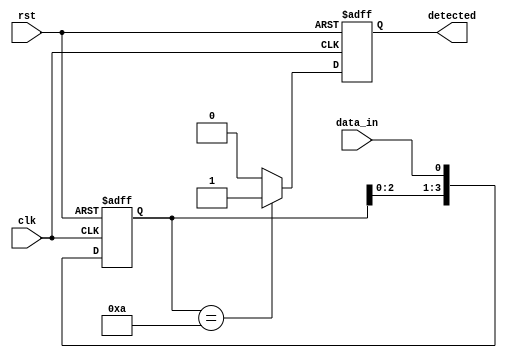
module pattern_detector #(
    parameter PATTERN_LENGTH = 4  // Length of the pattern to detect
) (
    input wire clk,                // Clock input
    input wire rst,                // Reset input
    input wire data_in,            // Incoming data stream
    output reg detected            // Output signal indicating pattern detection
);

    // Pattern to be detected
    reg [PATTERN_LENGTH-1:0] pattern = 4'b1010; // Example pattern
    reg [PATTERN_LENGTH-1:0] shift_reg;          // Shift register to store incoming bits

    // Sequential logic to capture incoming data
    always @(posedge clk or posedge rst) begin
        if (rst) begin
            shift_reg <= 0;         // Reset shift register
            detected <= 0;          // Reset detected signal
        end else begin
            shift_reg <= {shift_reg[PATTERN_LENGTH-2:0], data_in}; // Shift in new data
            if (shift_reg == pattern) begin
                detected <= 1;       // Pattern detected
            end else begin
                detected <= 0;       // Pattern not detected
            end
        end
    end

endmodule